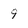
Character: 9